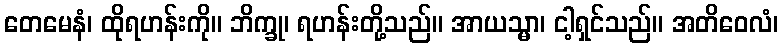
တေမေနံ၊ ထိုရဟန်းကို။ ဘိက္ခု၊ ရဟန်းတို့သည်။ အာယသ္မာ၊ ငါ့ရှင်သည်။ အတိဝေလံ၊